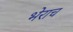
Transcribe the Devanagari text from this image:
भेराच